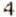
4